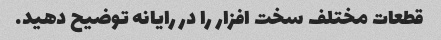
قطعات مختلف سخت افزار را در رایانه توضیح دهید.